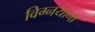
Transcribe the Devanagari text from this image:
विग्नयाना